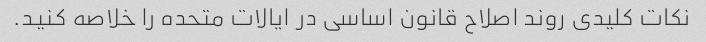
نکات کلیدی روند اصلاح قانون اساسی در ایالات متحده را خلاصه کنید.